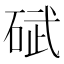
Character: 碔